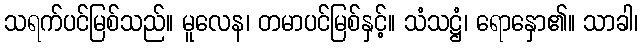
သရက်ပင်မြစ်သည်။ မူလေန၊ တမာပင်မြစ်နှင့်။ သံသဋ္ဌံ၊ ရောနှော၏။ သာခါ၊